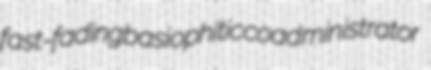
fast-fading basiophitic coadministrator